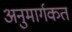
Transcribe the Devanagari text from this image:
अनुमार्गकत